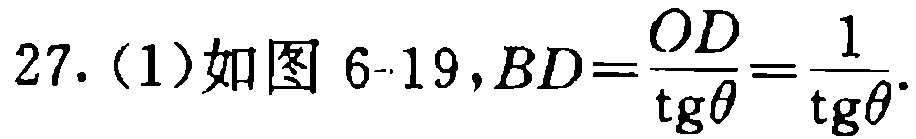
27.（1）如图 6-19，$BD = \frac{OD}{\tg\theta}=\frac{1}{\tg\theta}$